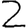
Digit: 2